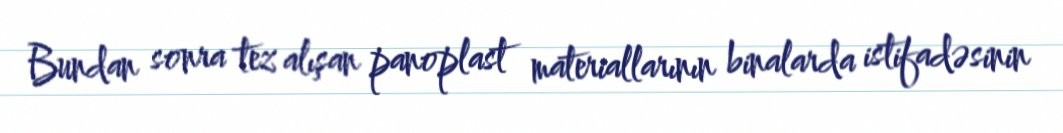
Bundan sonra tez alışan panoplast materiallarının binalarda istifadəsinin